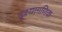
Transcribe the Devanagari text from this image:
दृश्यागणिक